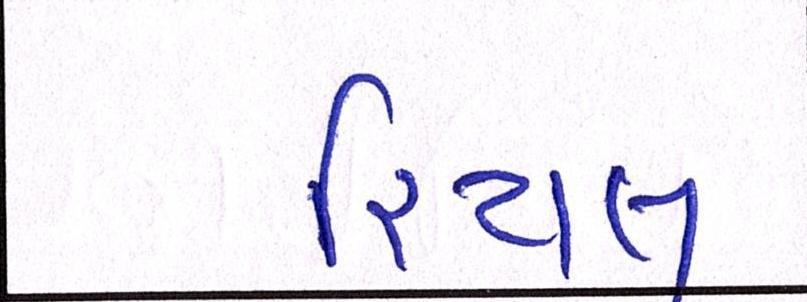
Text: રિયલ